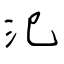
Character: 氾